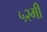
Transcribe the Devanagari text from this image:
५२मी